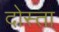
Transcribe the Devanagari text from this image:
दोस्ता